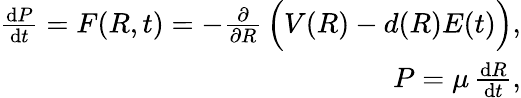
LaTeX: \begin{array}{r}{{}\frac{\mathrm{d}P}{\mathrm{d}t}=F(R,t)=-\frac{\partial}{\partial R}\, \Big(V(R)-d(R)E(t)\Big),}\\ {P=\mu\, \frac{\mathrm{d}R}{\mathrm{d}t},}\end{array}